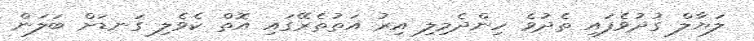
ލަޔާލް ގުދުވެފައި ތެދުވެ ހިންދެމިލި އިރު އަތުތެރޭގައި އޮތް ކެވެލި ގަނޑަށް ބަލަން